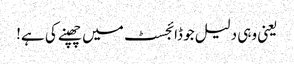
یعنی وہی دلیل جو ڈائجسٹ میں چھپنے کی ہے!